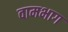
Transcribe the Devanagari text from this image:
वामभाग